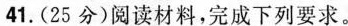
41.（25分）阅读材料，完成下列要求。